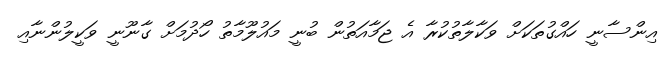
އިންސާނީ ހައްގުތަކަށް ވަކާލާތުކުރާ އެ ޖަމާއަތުން ބުނީ މައުލޫމާތު ހޯދުމަށް ގާނޫނީ ވަކީލުންނާއި